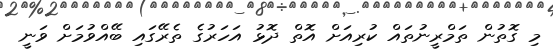
މި ގޮތުން ތަމްރީނުތައް ކުރިއަށް އޮތް ދޮޅު އަހަރުގެ ތެރޭގައި ބޭއްވުމަށް ވަނީ